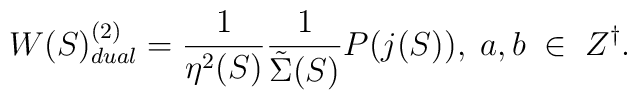
W(S)_{dual}^{(2)} = \frac{1}{\eta^2(S)}\frac{1}{{\tilde \Sigma}(S)} P(j(S)),\;a, b\;\in\;Z^{\dagger}.